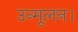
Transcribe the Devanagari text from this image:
उन्मूलन।